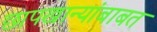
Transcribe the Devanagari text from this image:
छापखान्यांबाबत